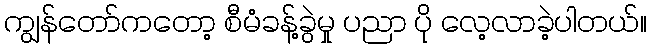
ကျွန်တော်ကတော့ စီမံခန့်ခွဲမှု ပညာ ပို လေ့လာခဲ့ပါတယ်။